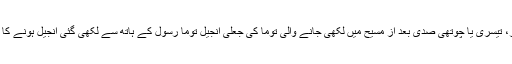
مثال کے طور پر، تیسری یا چوتھی صدی بعد از مسیح میں لکھی جانے والی توما کی جعلی انجیل توما رسول کے ہاتھ سے لکھی گئی انجیل ہونے کا دعویٰ کرتی ہے۔